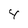
Character: 4